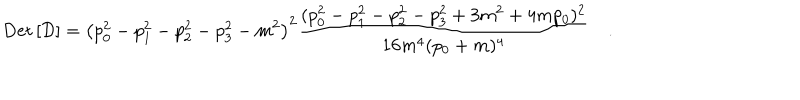
\mathrm { D e t } \left[ { \cal D } \right] = \left( p _ { 0 } ^ { 2 } - p _ { 1 } ^ { 2 } - p _ { 2 } ^ { 2 } - p _ { 3 } ^ { 2 } - m ^ { 2 } \right) ^ { 2 } \frac { ( p _ { 0 } ^ { 2 } - p _ { 1 } ^ { 2 } - p _ { 2 } ^ { 2 } - p _ { 3 } ^ { 2 } + 3 m ^ { 2 } + 4 m p _ { 0 } ) ^ { 2 } } { 1 6 m ^ { 4 } ( p _ { 0 } + m ) ^ { 4 } } \quad .